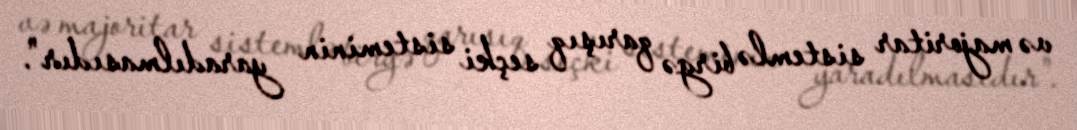
və majoritar sistemlə birgə qarışıq seçki sisteminin yaradılmasıdır".